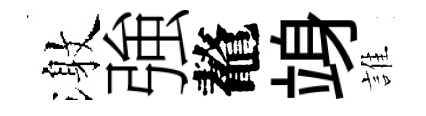
激強鼇竧誰